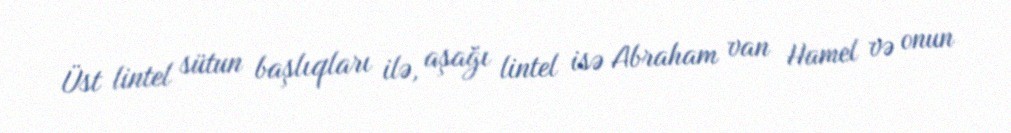
Üst lintel sütun başlıqları ilə, aşağı lintel isə Abraham van Hamel və onun